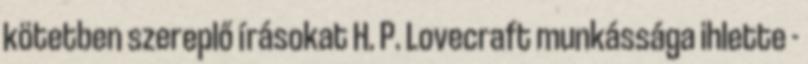
kötetben szereplő írásokat H. P. Lovecraft munkássága ihlette -